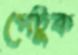
পেটুক